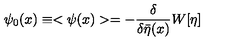
\psi _ { 0 } ( x ) \equiv < \psi ( x ) > = - \frac { \delta } { \delta \bar { \eta } ( x ) } W [ \eta ]